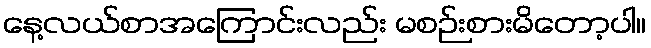
နေ့လယ်စာအကြောင်းလည်း မစဉ်းစားမိတော့ပါ။